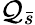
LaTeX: \mathcal{Q}_{\bar{{s}}}